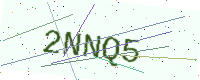
Text: 2NNQ5